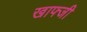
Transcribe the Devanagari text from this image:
खाफ्जी